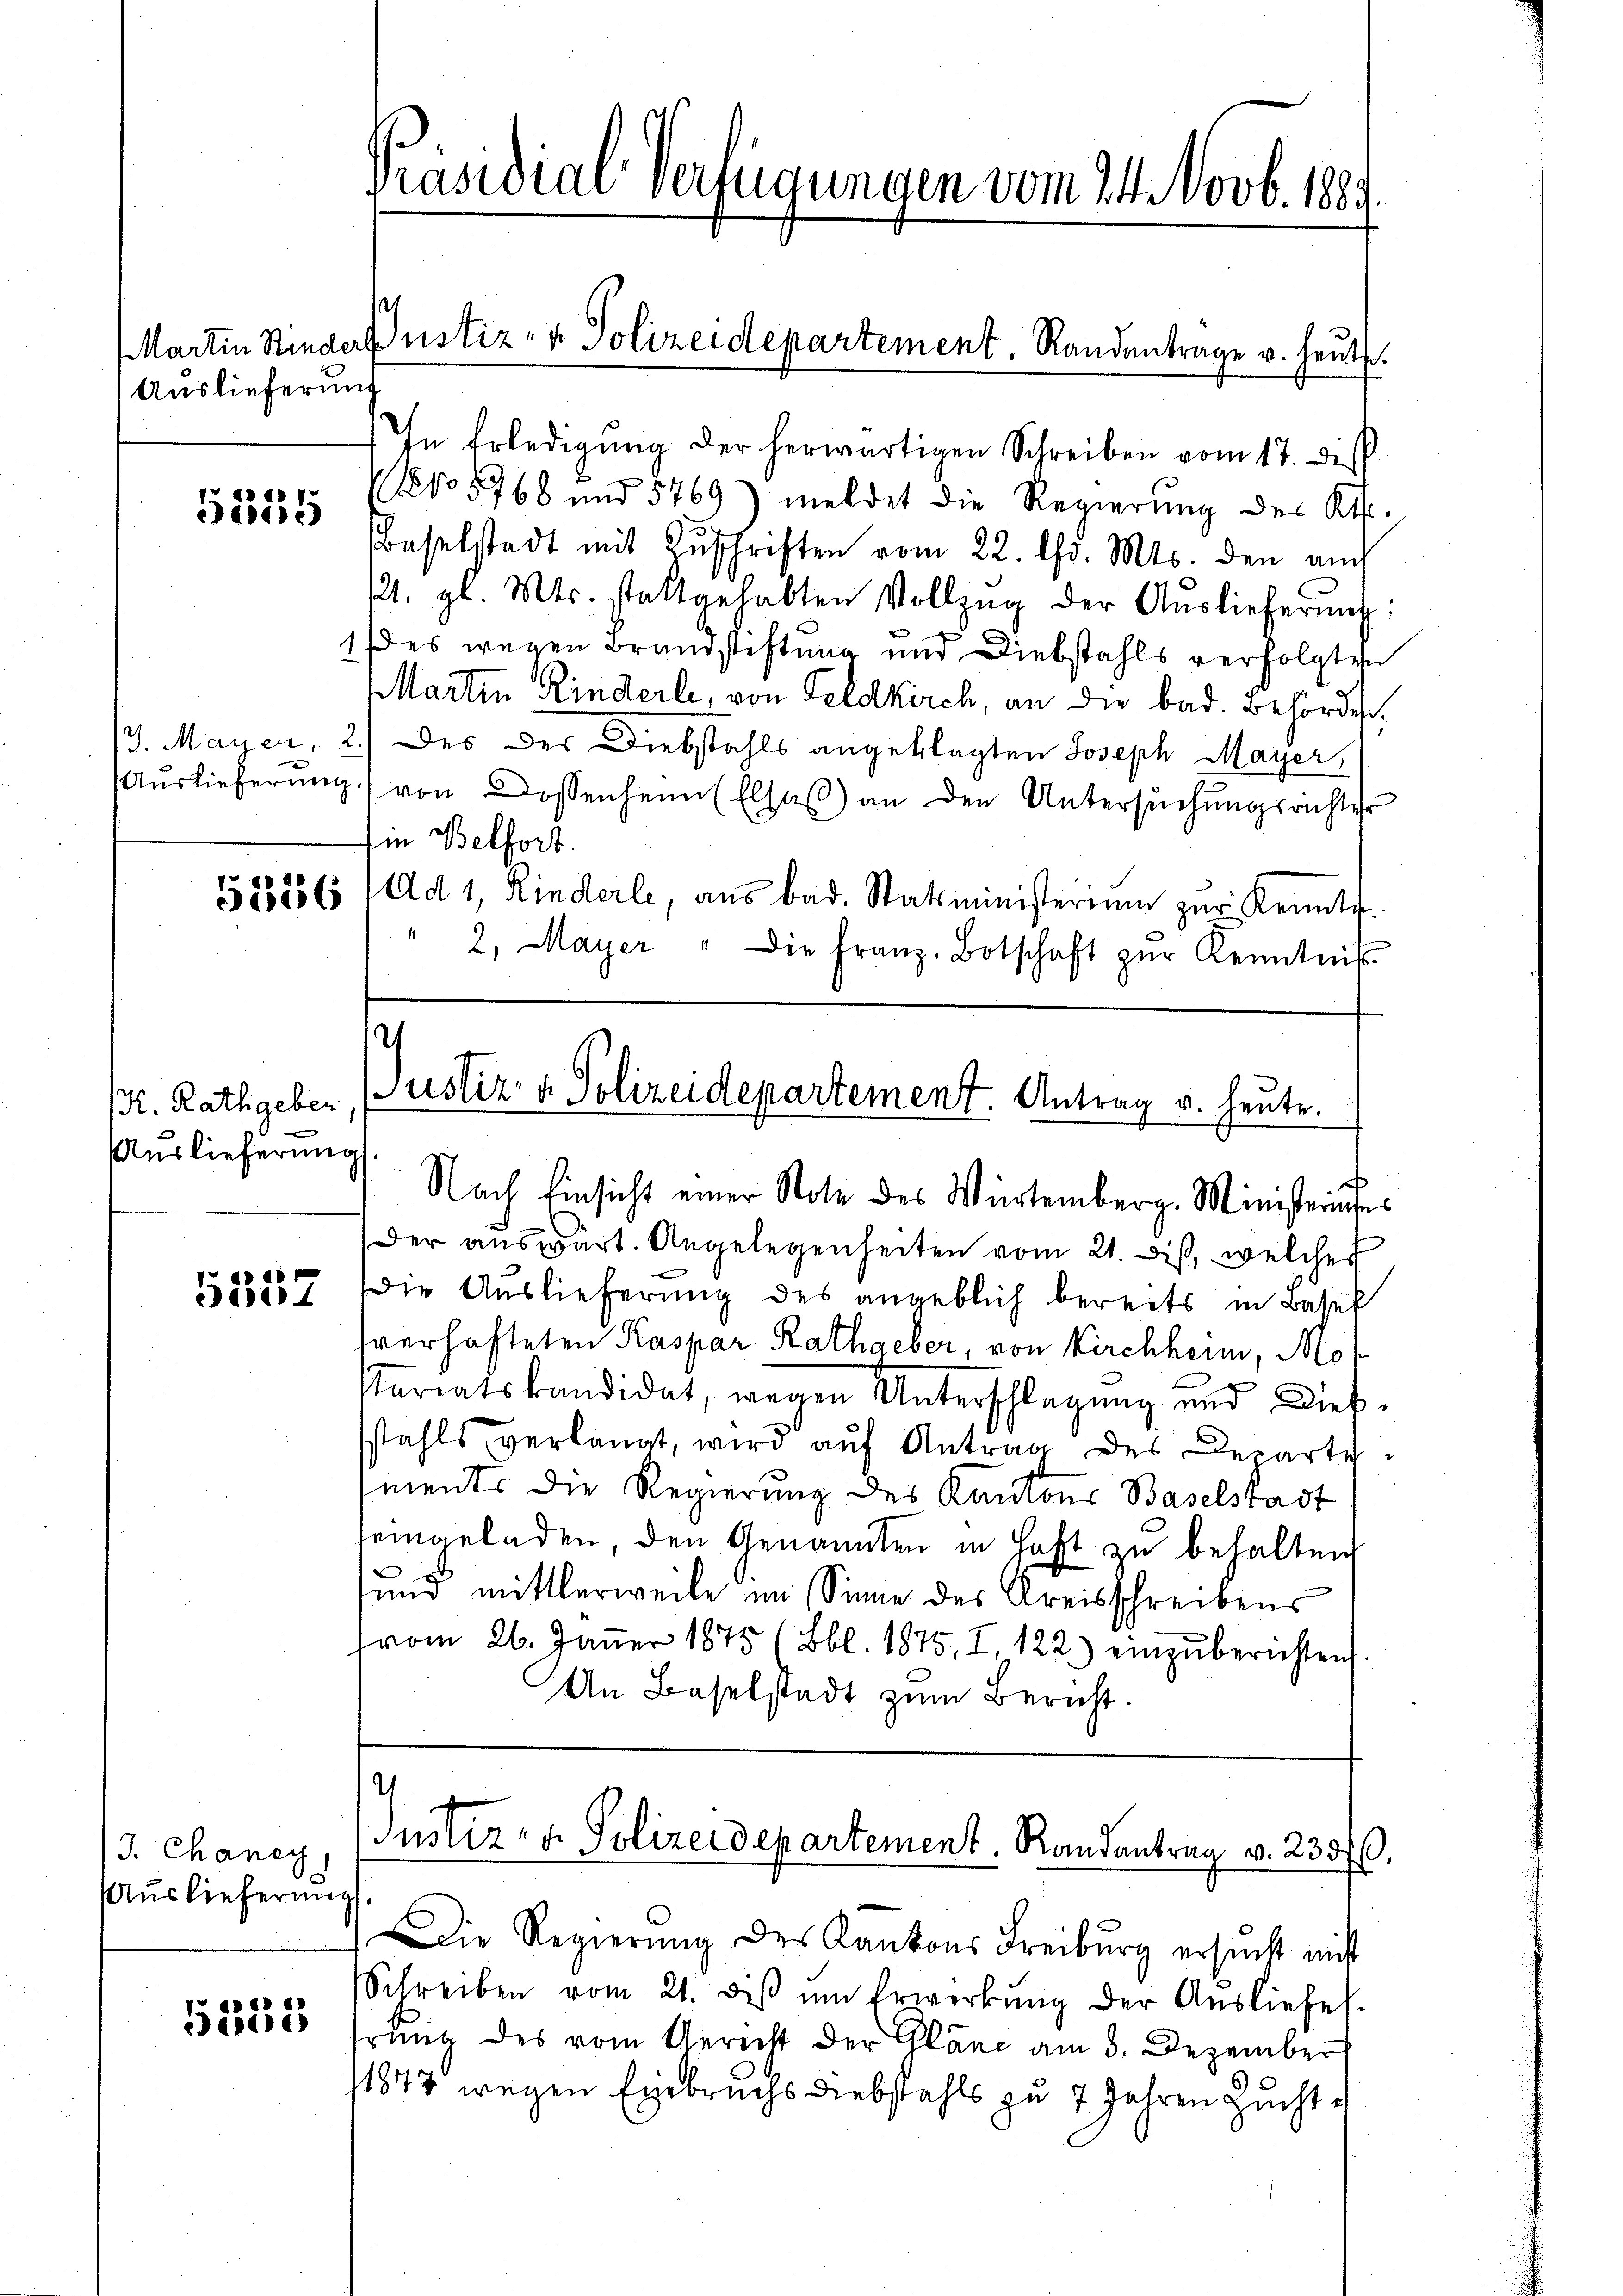
Auslieferung

5555

K. Rathgeber

Auslieferung

5557

J. Chaney,
Auslieferung

5335

In Erledigung der herwärtigen Schreiben vom 17. dis
NNo 5768 und 5769) meldet die Regierung des Kts.
Baselstadt mit Zŭschriften vom 22. Chr. Mts. den auch
121. gl. Mts. stattgehabten Vollzŭg der Aŭslieferung:
1 des wegen Brandstiftung und Diebstahls verfolgten
Martin Rinderli, von Feldkirch, an die bad. Behörde,
13. Mayer, 2.) Des der Diebstahls angeklagten Joseph Mayer,
Aŭslieferŭng von Dossenheim Elsaß an den Untersuchungsrichter
in Belfort.
583886 ad 1, Rinderle, aŭs bad. Statsministerium zur Kennte.
" 2. Mayer " Die Franz. Botschaft zŭr Kenntnis

Präsidial-Verfügungen vom 24. Novb. 1889

Martin Kinderlustiz- & Polizeidepartement. Randantrage v. heute.

Justiz- & Polizeidepartement. Antrag v. Heute.
Nach Einsicht einer Note des Würtemberg. Ministeriuses

Der auswärt. Angelegenheiten vom 21. Dist, welches
Die Auslieferung des angeblich bereits in Basel
hverhafteten Kaspar Rathaeber, von Kirchheim, Moh
stariatskandidat, wegen Unterschlagung und Dießstahls verlangt, wird aŭf Antrag des Departe
ments die Regierung des Kantons Baselstadt
seingeladen, den Genannten in Haft zu behalten
und mittlerweile im Sinne des Kreisschreibens
tvom 26. Jäṅer 1875 (Bbl. 1875. I. 122.) einzŭberichten
An Baselstadt zum Bericht.

Die Regierŭng des Kantons Freiburg ersŭcht nicht
Schreiben vom 21. diβ ŭm Erwerkŭng der Ausliefel.
rung des vom Gericht der Plane am 8. Dezember
11847 wegen Einbruchs Diebstahls zu 7 Jahren Zucht e

I
Justiz- & Polizeidepartement. Randantrag v. 230 fl.
g.